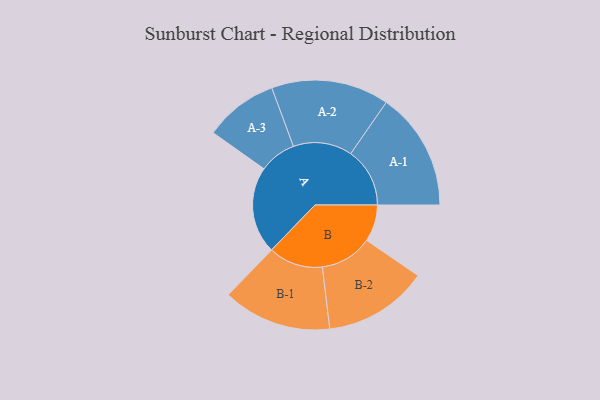
{"axis": {"x": "Segment", "y": "Value"}, "legend": ["", "A", "B"], "data": [{"x": "A", "y": 390, "type": ""}, {"x": "B", "y": 165, "type": ""}, {"x": "A-1", "y": 265, "type": "A"}, {"x": "A-2", "y": 264, "type": "A"}, {"x": "A-3", "y": 165, "type": "A"}, {"x": "B-1", "y": 244, "type": "B"}, {"x": "B-2", "y": 234, "type": "B"}]}